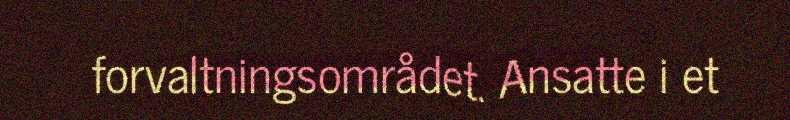
forvaltningsområdet. Ansatte i et